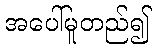
အပေါ်မူတည်၍